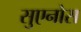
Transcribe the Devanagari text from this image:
सुएनोस